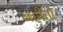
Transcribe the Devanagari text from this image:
नहीतो